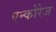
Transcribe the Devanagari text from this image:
एन्कोरेज